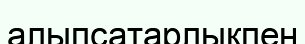
алыпсатарлықпен